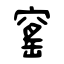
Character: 窰